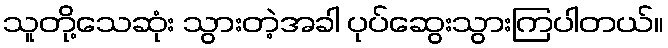
သူတို့သေဆုံး သွားတဲ့အခါ ပုပ်ဆွေးသွားကြပါတယ်။